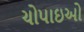
ચોપાઇઓ